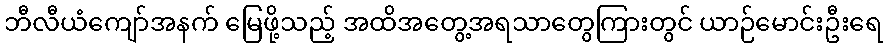
ဘီလီယံကျော်အနက် မြေဖို့သည့် အထိအတွေ့အရသာတွေကြားတွင် ယာဉ်မောင်းဦးရေ